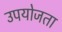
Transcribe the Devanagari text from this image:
उपयोजता